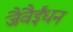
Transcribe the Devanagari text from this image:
जैवैईंधन